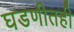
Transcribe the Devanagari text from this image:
घडणीतही